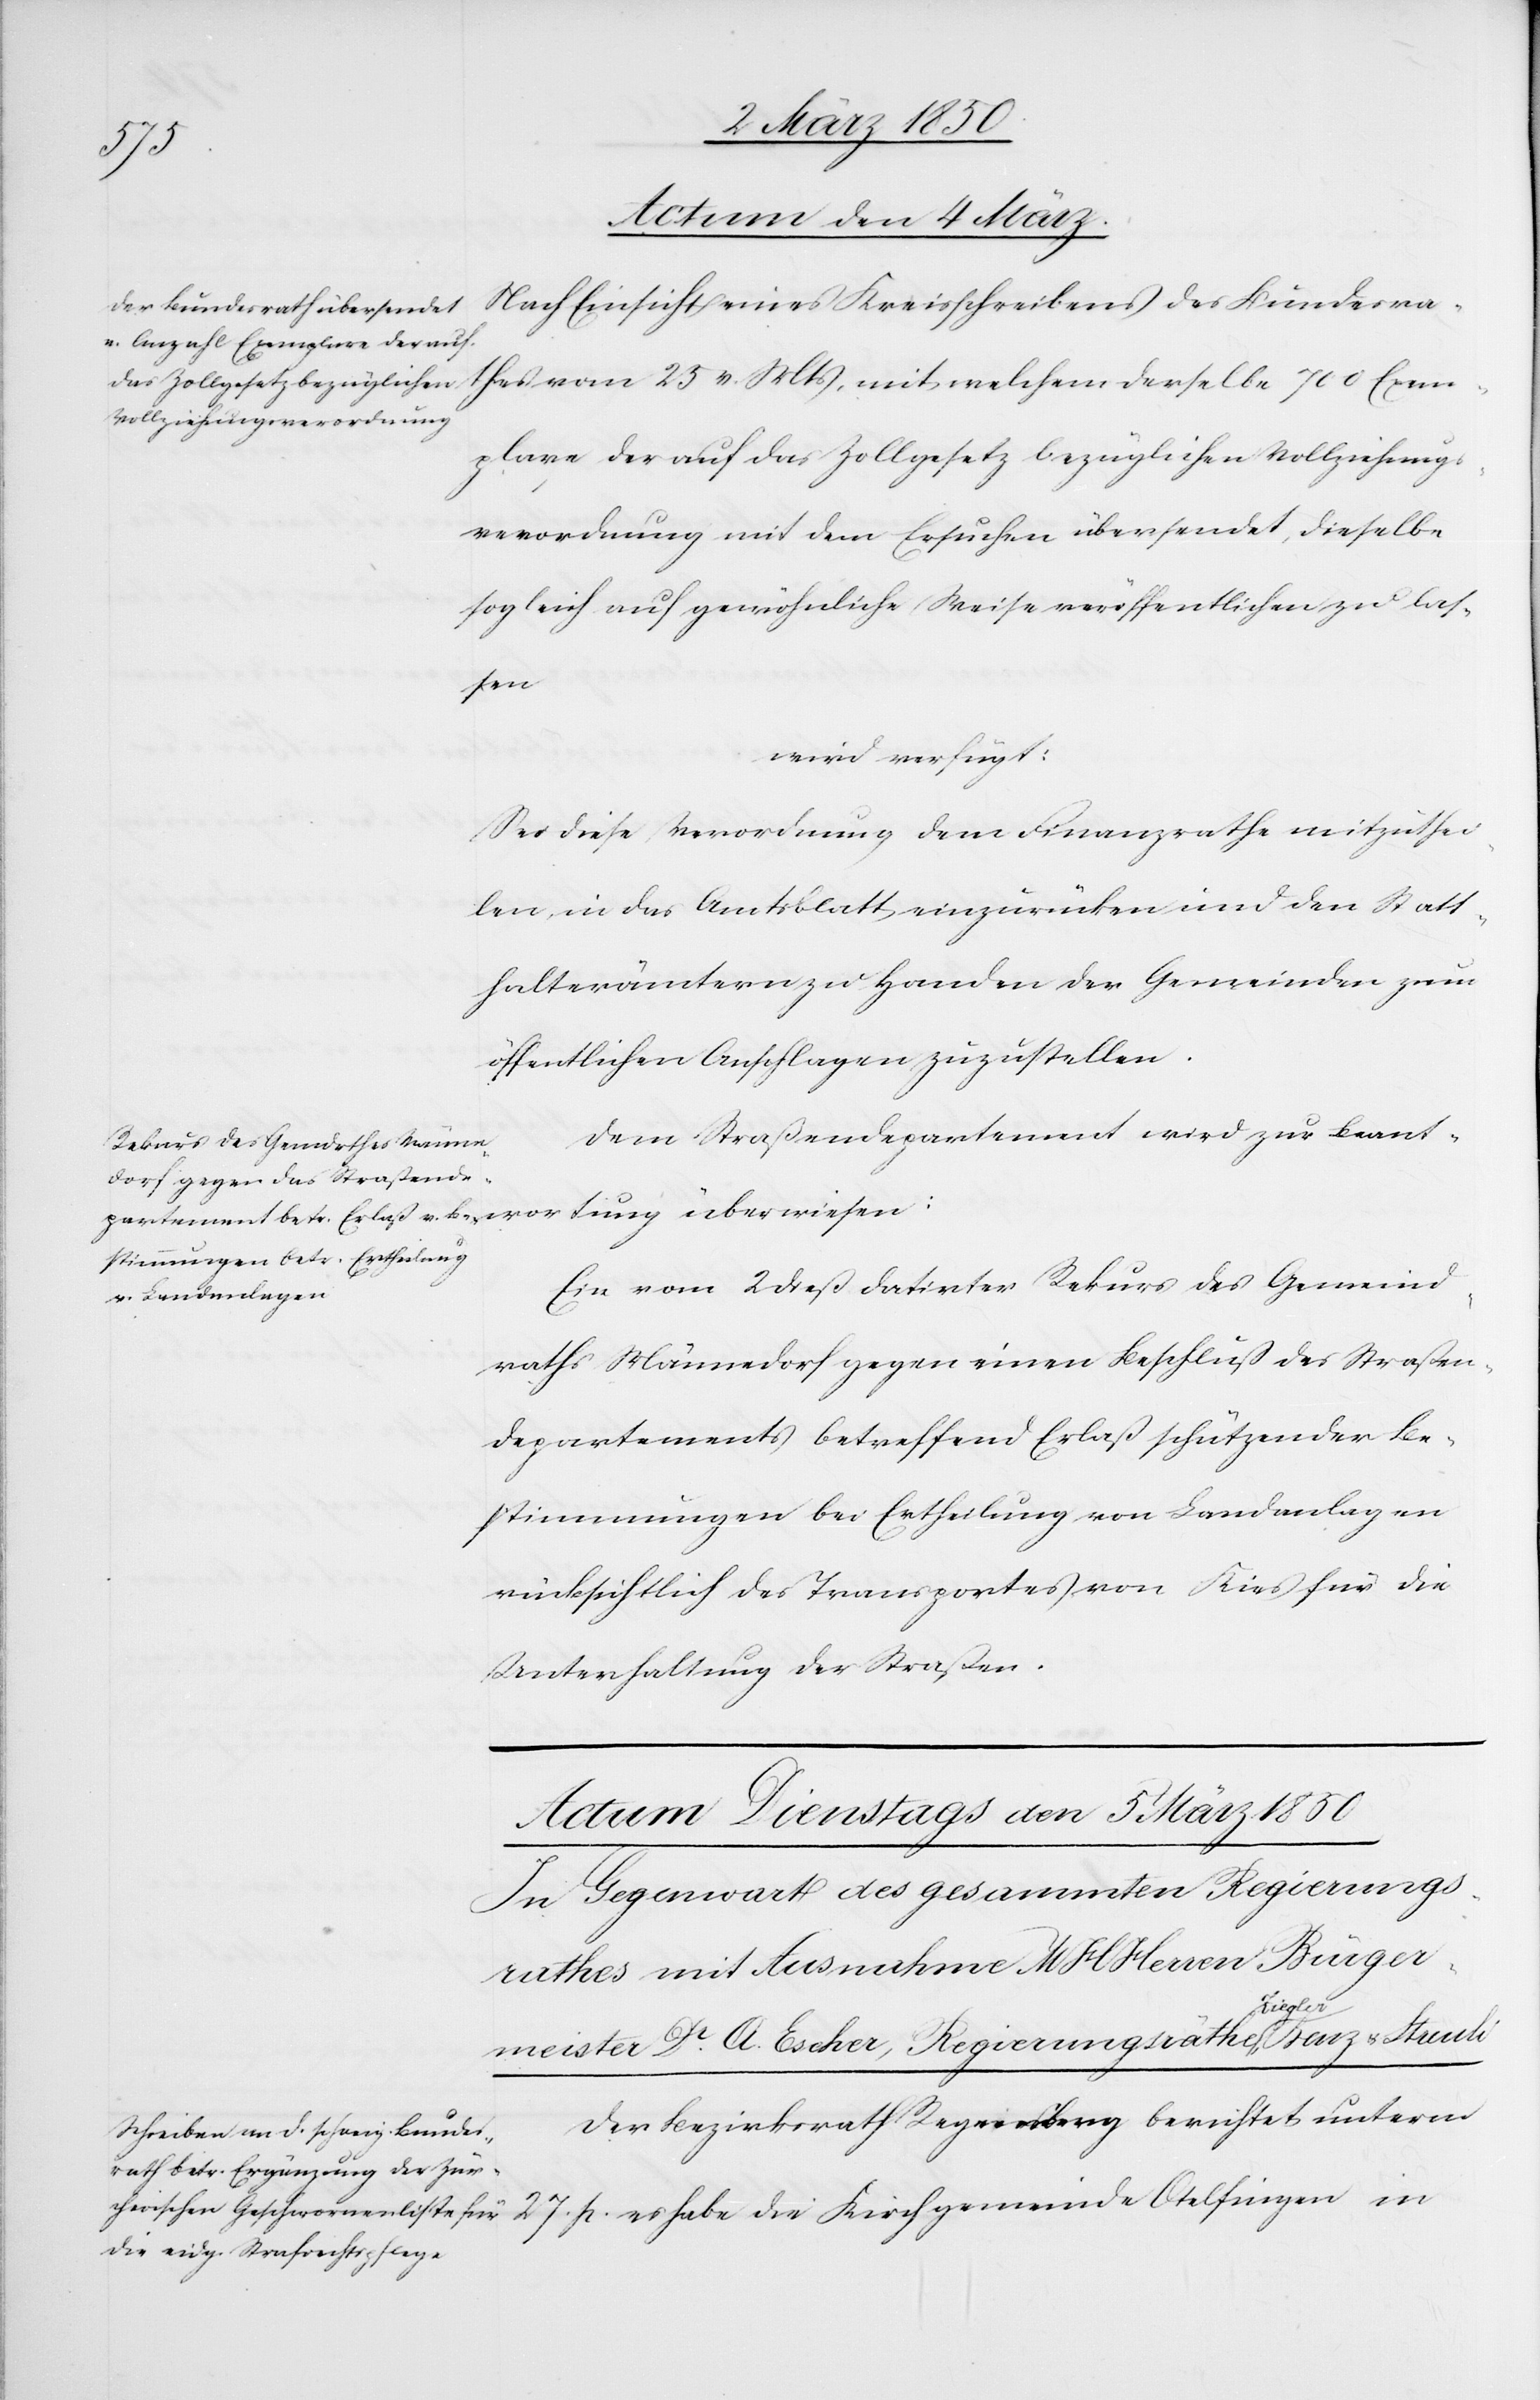
27.
Actum den 4 März.]
Nach Einsicht eines Kreisschreibens des Bundesra¬
thes vom 25 v. Mts, mit welchem derselbe 700 Exem¬
plare der auf das Zollgesetz bezüglichen Vollziehungs¬
verordnung mit dem Ersuchen übersendet, dieselbe
sogleich auf gewöhnliche Weise veröffentlichen zu las¬
sen
wird verfügt:
Sei diese Verordnung dem Finanzrathe mitzuthei¬
len, in das Amtsblatt einzurücken und den Statt¬
halterämtern zu Handen der Gemeinden zum
öffentlichen Anschlagen zuzustellen.
Dem Straßendepartement wird zu Beant¬
Ein vom 2 dieß datirter Rekurs des Gemeind¬
raths Männedorf gegen einen Beschluß des Straßen¬
departements betreffend Erlaß schützender Be¬
stimmungen bei Ertheilung von Landanlagen
rücksichtlich des Transportes von Kies für die
Unterhaltung der Straßen.
Otelfingen
Der Bezirksrath Regensberg berichtet unterm